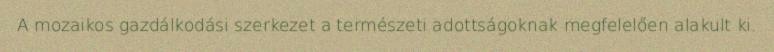
A mozaikos gazdálkodási szerkezet a természeti adottságoknak megfelelően alakult ki.